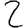
Digit: 2